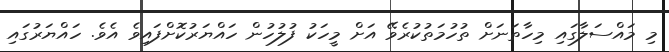
މި މައްސަލާގައި މިހާތަނަށް ތުހުމަތުކުރެވޭ އަށް މީހަަކު ފުލުހުން ހައްޔަރުކޮށްފައިވެ އެވެ. ހައްޔަރުގައި